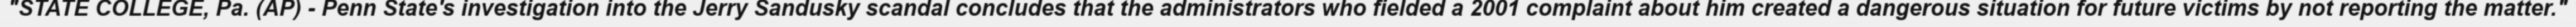
"STATE COLLEGE, Pa. (AP) - Penn State's investigation into the Jerry Sandusky scandal concludes that the administrators who fielded a 2001 complaint about him created a dangerous situation for future victims by not reporting the matter."